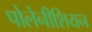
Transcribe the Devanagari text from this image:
पोलेनीशियन